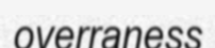
overraness